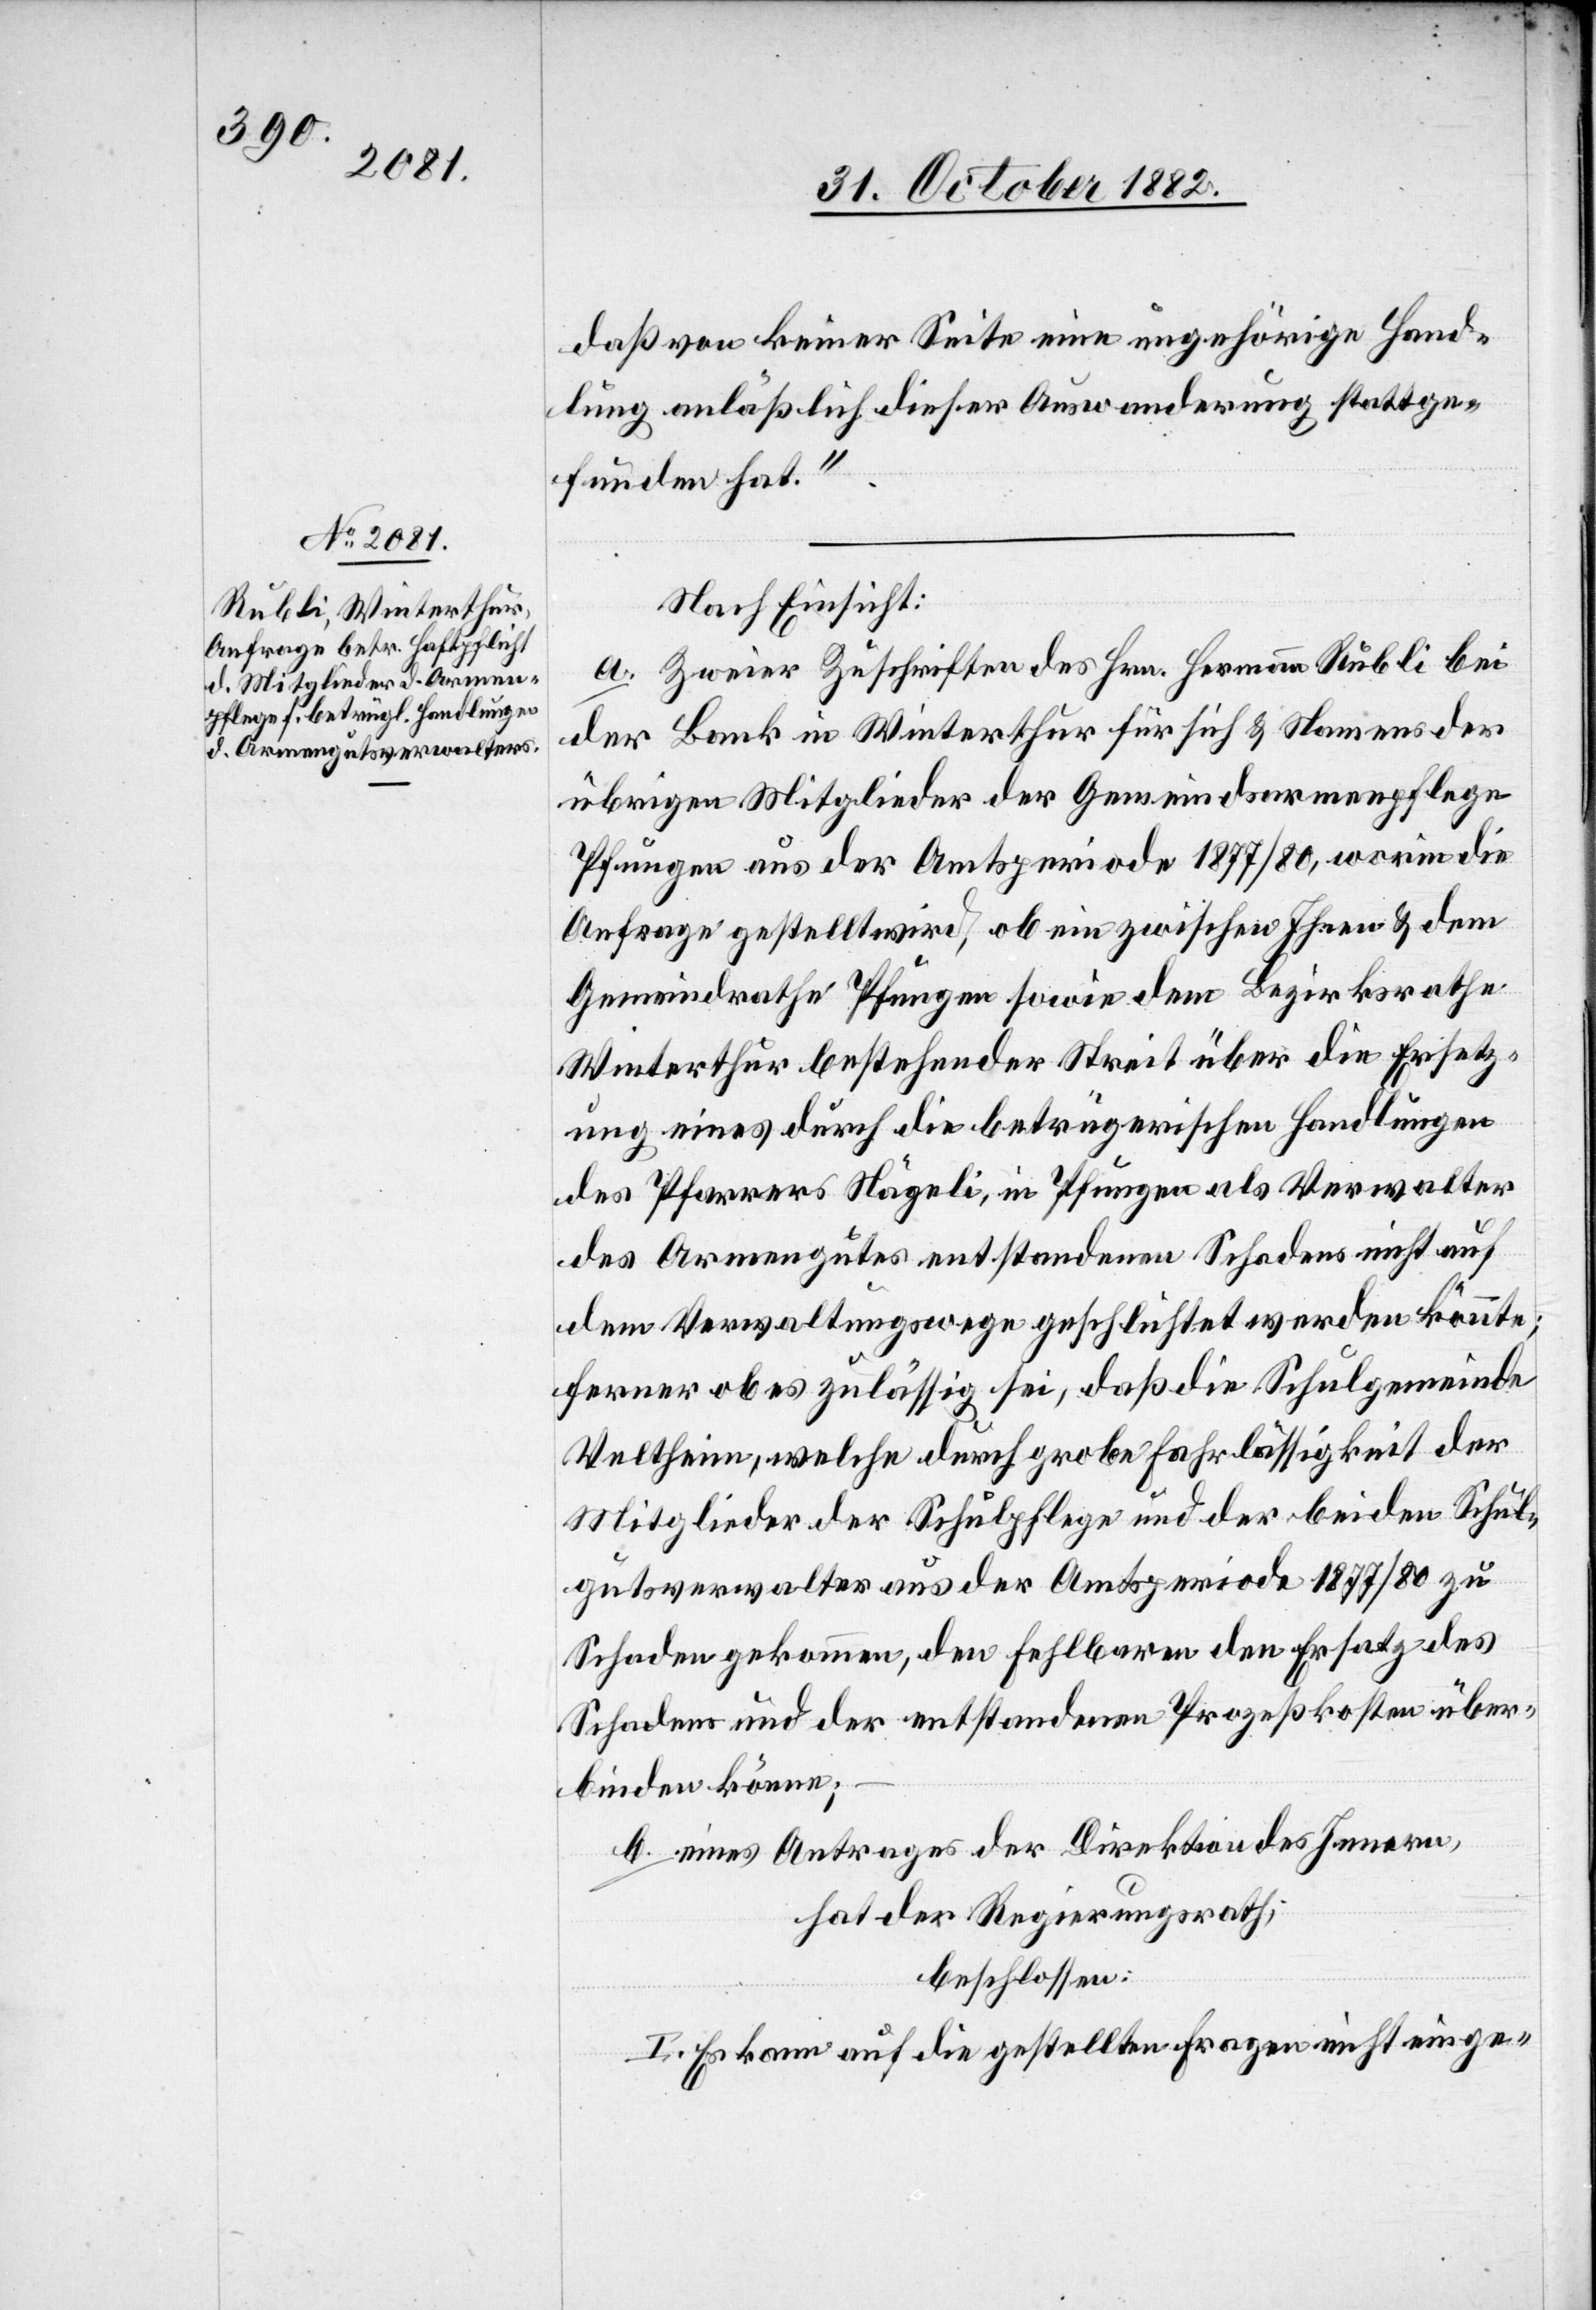
daß von keiner Seite eine ungehörige Hand¬
lung anläßlich dieser Auswanderung stattge¬
funden hat.“
Nach Einsicht:
a. Zweier Zuschriften des Hrn. Hermann Rubli bei
der Bank in Winterthur für sich & Namens der
übrigen Mitglieder der Gemeindsarmenpflege
Pfungen aus der Amtsperiode 1877/80, worin die
Anfrage gestellt wird, ob ein zwischen Ihnen & dem
Gemeindrathe Pfungen sowie dem Bezirksrathe
Winterthur bestehender Streit über die Ersetz¬
ung eines durch die betrügerischen Handlugen
des Pfarrers Nägeli, in Pfungen als Verwalter
des Armengutes entstandenen Schadens nicht auf
dem Verwaltungswege geschlichtet werden könnte;
ferner ob es zulässig sei, daß die Schulgemeinde
Veltheim, welche durch grobe Fahrlässigkeit der
Mitglieder der Schulpflege und der beiden Schul¬
gutsverwalter aus der Amtsperiode 1877/80 zu
Schaden gekommen, den Fehlbaren den Ersatz des
Schadens und der entstandenen Prozeßkosten über¬
binden könne;
b. eines Antrages der Direktion des Innern,
hat der Regierungsrath,
beschlossen:
I. Es kann auf die gestellten Fragen nicht einge-